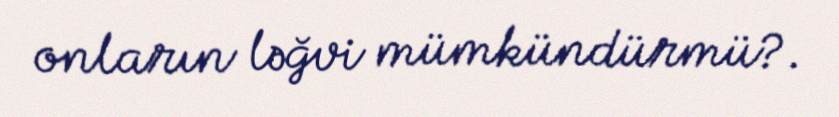
onların ləğvi mümkündürmü?.